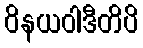
ဝိနယဝါဒီတိပိ